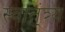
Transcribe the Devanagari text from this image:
स्वात्ंत्र्य